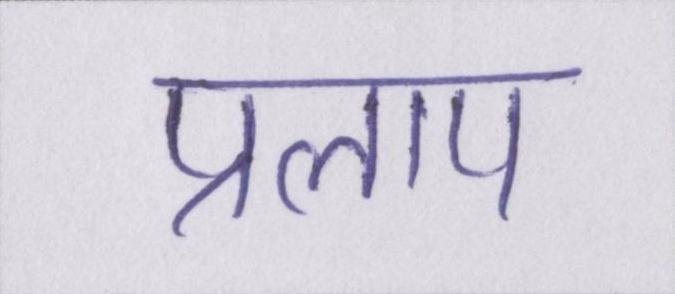
प्रलाप